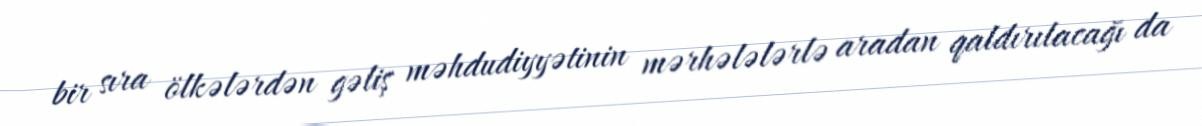
bir sıra ölkələrdən gəliş məhdudiyyətinin mərhələlərlə aradan qaldırılacağı da